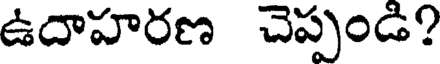
ఉదాహరణ చెప్పండి?